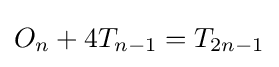
O_{n}+4T_{n-1}=T_{2n-1}